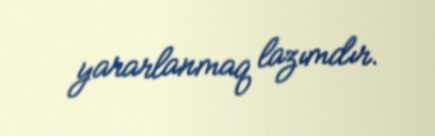
yararlanmaq lazımdır.